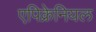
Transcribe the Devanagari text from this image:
एपिक्रेनियल